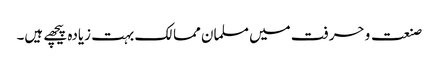
صنعت و حرفت میں مسلمان ممالک بہت زیادہ پیچھے ہیں۔